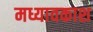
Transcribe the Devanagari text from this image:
मध्यावकाश